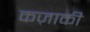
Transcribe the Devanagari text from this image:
कज़ाकी